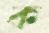
ক